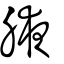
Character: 腋